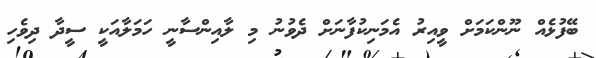
ބޭފުޅެއް ނޫންކަމަށް ވީއިރު އެމަނިކުފާނަށް ދެވުނު މި ލާއިންސާނީ ހަމަލާއަކީ ސީދާ ދިވެހި